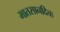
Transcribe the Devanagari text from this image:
भातसानदिचा